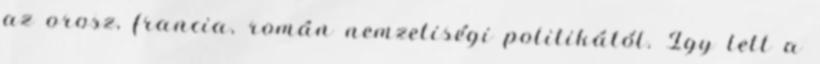
az orosz, francia, román nemzetiségi politikától. Így lett a